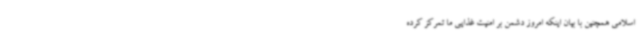
اسلامی همچنین با بیان اینکه امروز دشمن بر امنیت غذایی ما تمرکز کرده